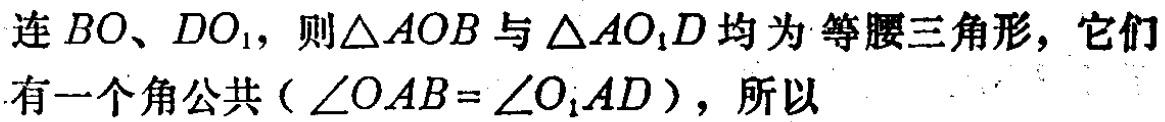
连\(BO\)、\(DO_{1}\)，则\(\triangle AOB\)与\(\triangle AO_{1}D\)均为等腰三角形，它们有一个角公共（\(\angle OAB = \angle O_{1}AD\)），所以